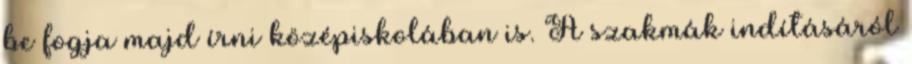
be fogja majd írni középiskolában is. A szakmák indításáról